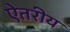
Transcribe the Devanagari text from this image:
ऐतरीय